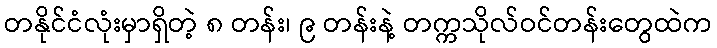
တနိုင်ငံလုံးမှာရှိတဲ့ ၈ တန်း၊ ၉ တန်းနဲ့ တက္ကသိုလ်ဝင်တန်းတွေထဲက